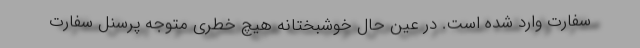
سفارت وارد شده است. در عین حال خوشبختانه هیچ خطری متوجه پرسنل سفارت